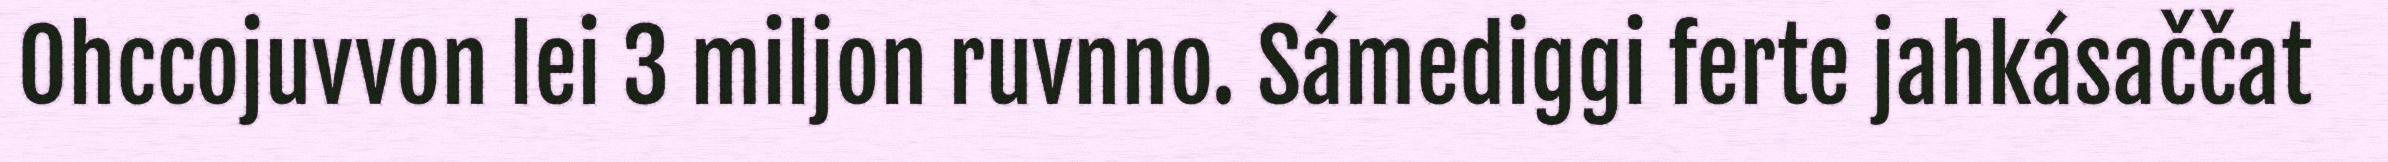
Ohccojuvvon lei 3 miljon ruvnno. Sámediggi ferte jahkásaččat